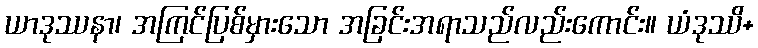
ယာဒုဿနာ၊ အကြင်ပြစ်မှားသော အခြင်းအရာသည်လည်းကောင်း။ ယံဒုဿိ+